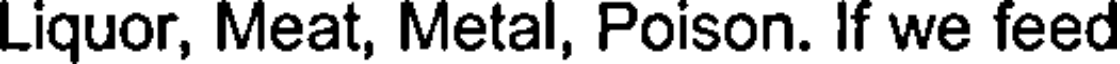
Liquor, Meat, Metal, Poison. If we feed